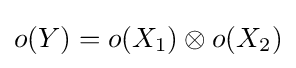
o(Y)=o(X_{1})\otimes o(X_{2})